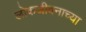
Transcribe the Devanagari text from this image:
लोकजीवनाच्या